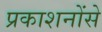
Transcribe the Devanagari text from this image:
प्रकाशनोंसे